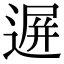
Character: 𨔧